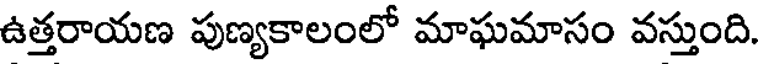
ఉత్తరాయణ పుణ్యకాలంలో మాఘమాసం వస్తుంది.